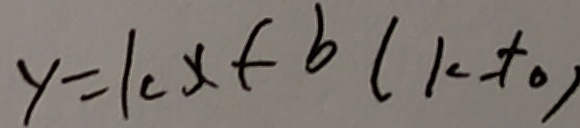
y = k x + b ( k _ { - } + 0 )